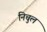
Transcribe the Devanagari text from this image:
निचुल